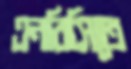
এনবিসিতে